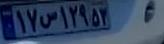
۱۷س۱۲۹۵۳